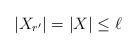
LaTeX: \begin{align*}|X_{r'}| = |X| \leq \ell\end{align*}